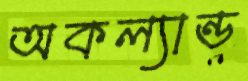
অকল্যান্ড